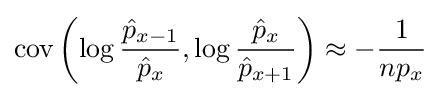
{\text{cov}}\left(\log {\frac {{\hat {p}}_{x-1}}{{\hat {p}}_{x}}},\log {\frac {{\hat {p}}_{x}}{{\hat {p}}_{x+1}}}\right)\approx -{\frac {1}{np_{x}}}